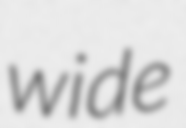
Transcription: wide